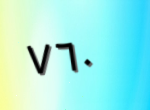
٧٦٠